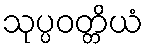
သုပ္ပဝတ္တိယံ